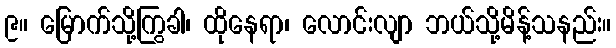
၉။ မြောက်သို့ကြွခါ၊ ထိုနေရာ၊ လောင်းလျာ ဘယ်သို့မိန့်သနည်း။